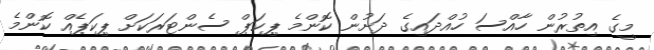
މީގެ އިތުރުން ހާއްސަ ހުއްދައިގެ ދަށުން ކޮންމެ ޕިކަޕް ސެންޓަރަކަށް ޕިކަޕެއް ކޮންމެ